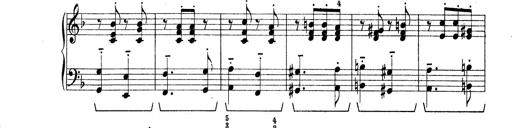
Title: Rapsodie: 19 ungheresi, 1 spagnuola
Composer: Franz Liszt